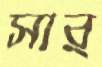
সার্